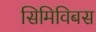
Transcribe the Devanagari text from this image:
सिमिविबस